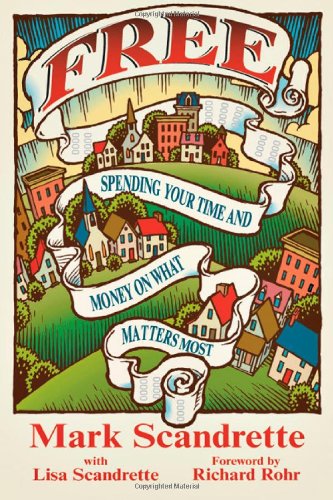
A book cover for Free: Spending Your Time and Money on What Matters Most; Mark Scandrette; Christian Books & Bibles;